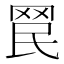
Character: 𦊞